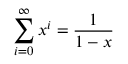
\sum _ { i = 0 } ^ { \infty } x ^ { i } = \frac { 1 } { 1 - x }